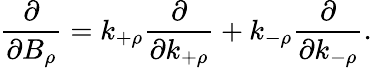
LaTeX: \frac{\partial}{\partial B_{\rho}}=k_{+\rho}\frac{\partial}{\partial k_{+\rho}}+k_{-\rho}\frac{\partial}{\partial k_{-\rho}}.